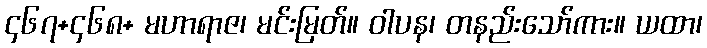
၄၆၇+၄၆၈+ မဟာရာဇ၊ မင်းမြတ်။ ဝါပန၊ တနည်းသော်ကား။ ယထာ၊